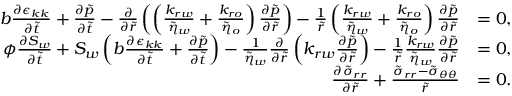
\begin{array} { r l } { b \frac { \partial \epsilon _ { k k } } { \partial \tilde { t } } + \frac { \partial \tilde { p } } { \partial \tilde { t } } - \frac { \partial } { \partial \tilde { r } } \left( \left( \frac { k _ { r w } } { \tilde { \eta } _ { w } } + \frac { k _ { r o } } { \tilde { \eta } _ { o } } \right) \frac { \partial \tilde { p } } { \partial \tilde { r } } \right) - \frac { 1 } { \tilde { r } } \left( \frac { k _ { r w } } { \tilde { \eta } _ { w } } + \frac { k _ { r o } } { \tilde { \eta } _ { o } } \right) \frac { \partial \tilde { p } } { \partial \tilde { r } } } & { = 0 , } \\ { \phi \frac { \partial S _ { w } } { \partial \tilde { t } } + S _ { w } \left( b \frac { \partial \epsilon _ { k k } } { \partial \tilde { t } } + \frac { \partial \tilde { p } } { \partial \tilde { t } } \right) - \frac { 1 } { \tilde { \eta } _ { w } } \frac { \partial } { \partial \tilde { r } } \left( k _ { r w } \frac { \partial \tilde { p } } { \partial \tilde { r } } \right) - \frac { 1 } { \tilde { r } } \frac { k _ { r w } } { \tilde { \eta } _ { w } } \frac { \partial \tilde { p } } { \partial \tilde { r } } } & { = 0 , } \\ { \frac { \partial \tilde { \sigma } _ { r r } } { \partial \tilde { r } } + \frac { \tilde { \sigma } _ { r r } - \tilde { \sigma } _ { \theta \theta } } { \tilde { r } } } & { = 0 . } \end{array}